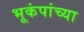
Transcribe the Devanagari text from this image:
भूकंपांच्या